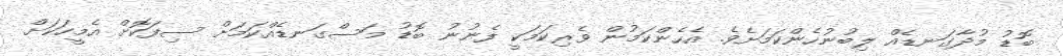
ބޮޑު މުދާގަނޑެއް ލިބުނުހެންކަމަށެވެ. އެހެންކަމުން ވެރިކަމަކީ ފެނުނު ބޮޑު މަސްގަނޑެއްކަމަށް ސިފަކޮށް އެމީހަކަށް